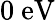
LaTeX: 0~\mathrm{eV}